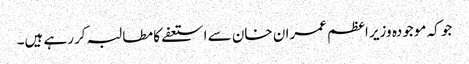
جو کہ موجودہ وزیر اعظم عمران خان سے استعفے کا مطالبہ کررہے ہیں۔